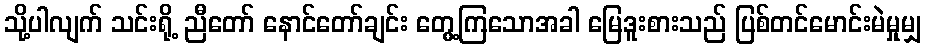
သို့ပါလျက် သင်းရို့ ညီတော် နောင်တော်ချင်း တွေ့ကြသောအခါ မြေဒူးစားသည် ပြစ်တင်မောင်းမဲမှုမျှ